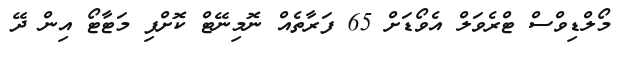
މޯލްޑިވްސް ޓްރެވަލް އެވޯޑަށް 65 ފަރާތެއް ނޮމިނޭޓް ކޮށްފި މަޓާޓޯ އިން ދޭ